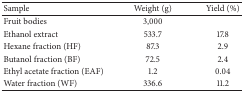
| Sample | Weight (g) | Yield (%) |
 | --- | --- | --- |
 | Fruit bodies | 3,000 |  |
 | Ethanol extract | 533.7 | 17.8 |
 | Hexane fraction (HF) | 87.3 | 2.9 |
 | Butanol fraction (BF) | 72.5 | 2.4 |
 | Ethyl acetate fraction (EAF) | 1.2 | 0.04 |
 | Water fraction (WF) | 336.6 | 11.2 |